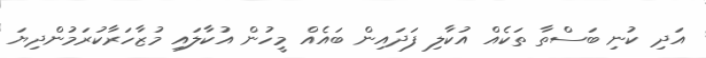
އަދި ކުނި ބަސްތާ ތަކެއް އުކާލި ފަދައިން ބައެއް މީހުން އުކާލައި މުޒާހަރާކުރަމުންދިޔަ